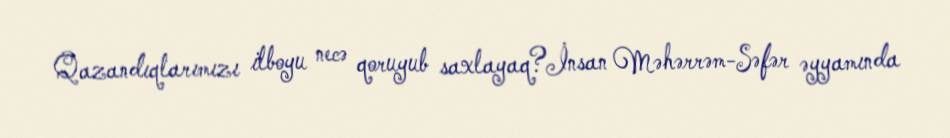
Qazandıqlarımızı ilboyu necə qoruyub saxlayaq?İnsan Məhərrəm-Səfər əyyamında